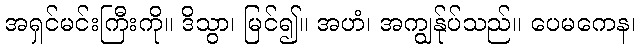
အရှင်မင်းကြီးကို။ ဒိသွာ၊ မြင်၍။ အဟံ၊ အကျွန်ုပ်သည်။ ပေမကေန၊